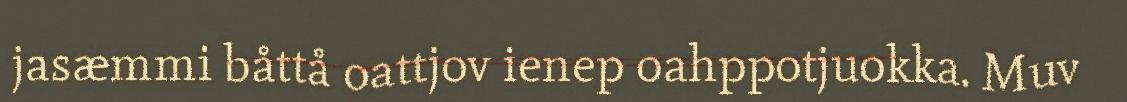
jasæmmi båttå oattjov ienep oahppotjuokka. Muv